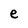
Character: e